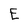
Character: E